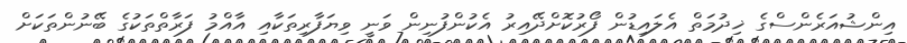
އިންޝުއަރެންސްގެ ޚިދުމަތް އެލައިޑުން ފޯރުކޮށްދޭއިރު އެކުންފުނިން ވަނީ ވިޔަފާރިތަކާއި އާއްމު ފަރާތްތަކުގެ ބޭނުންތަކަށް